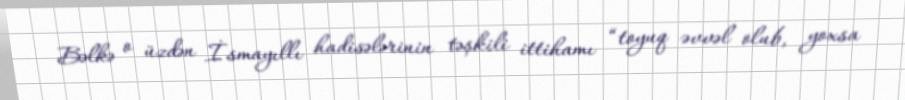
Bəlkə o üzdən İsmayıllı hadisələrinin təşkili ittihamı “toyuq əvvəl olub, yoxsa